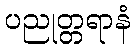
ပညုတ္တရာနံ